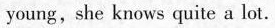
young,she knows quite a lot.